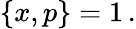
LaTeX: \{ x,p\} =1\, .